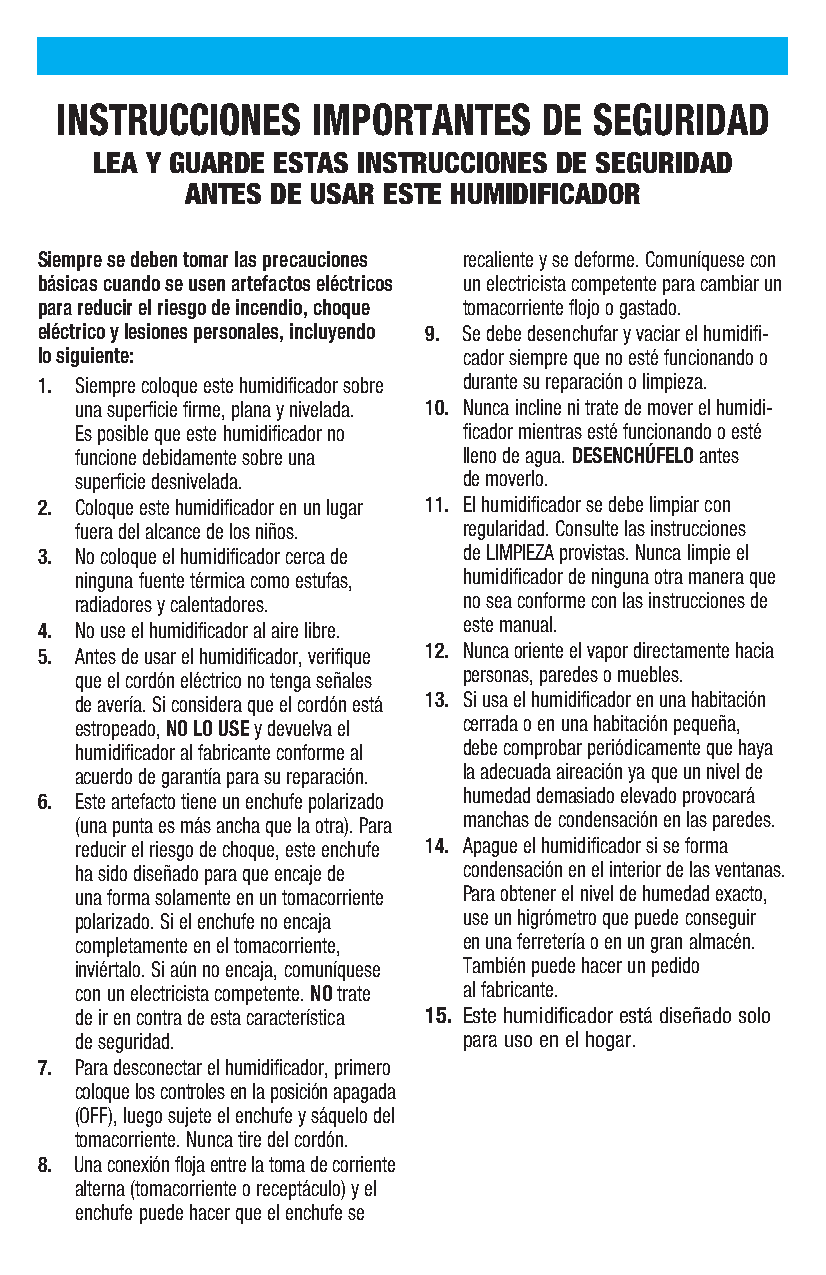
INSTRUCCIONES    IMPORTANTES    DE SEGURIDAD
 LEA Y GUARDE ESTAS INSTRUCCIONES DE SEGURIDAD
 ANTES DE USAR ESTE HUMIDIFICADOR
 Siempre se deben tomar las precauciones recaliente y se deforme. Comuníquese con
 básicas cuando se usen artefactos eléctricos un electricista competente para cambiar un
 para reducir el riesgo de incendio, choque tomacorriente flojo o gastado.
 eléctrico y lesiones personales, incluyendo 9. Se debe desenchufar y vaciar el humidifi-
 lo siguiente:                cador siempre que no esté funcionando o
 1. Siempre coloque este humidificador sobre durante su reparación o limpieza.
 una superficie firme, plana y nivelada. 10. Nunca incline ni trate de mover el humidi-
 Es posible que este humidificador no ficador mientras esté funcionando o esté
 funcione debidamente sobre una lleno de agua. DESENCHÚFELO antes
 superficie desnivelada.   de moverlo.
 2. Coloque este humidificador en un lugar 11. El humidificador se debe limpiar con
 fuera del alcance de los niños. regularidad. Consulte las instrucciones
 3. No coloque el humidificador cerca de de LIMPIEZA provistas. Nunca limpie el
 ninguna fuente térmica como estufas, humidificador de ninguna otra manera que
 radiadores y calentadores. no sea conforme con las instrucciones de
 4. No use el humidificador al aire libre. este manual.
 5. Antes de usar el humidificador, verifique 12. Nunca oriente el vapor directamente hacia
 que el cordón eléctrico no tenga señales personas, paredes o muebles.
 de avería. Si considera que el cordón está 13. Si usa el humidificador en una habitación
 estropeado, NO LO USE y devuelva el cerrada o en una habitación pequeña,
 humidificador al fabricante conforme al debe comprobar periódicamente que haya
 acuerdo de garantía para su reparación. la adecuada aireación ya que un nivel de
 6. Este artefacto tiene un enchufe polarizado humedad demasiado elevado provocará
 (una punta es más ancha que la otra). Para manchas de condensación en las paredes.
 reducir el riesgo de choque, este enchufe 14. Apague el humidificador si se forma
 ha sido diseñado para que encaje de condensación en el interior de las ventanas.
 una forma solamente en un tomacorriente Para obtener el nivel de humedad exacto,
 polarizado. Si el enchufe no encaja use un higrómetro que puede conseguir
 completamente en el tomacorriente, en una ferretería o en un gran almacén.
 inviértalo. Si aún no encaja, comuníquese También puede hacer un pedido
 con un electricista competente. NO trate al fabricante.
 de ir en contra de esta característica 15. Este humidificador está diseñado solo
 de seguridad.             para uso en el hogar.
 7. Para desconectar el humidificador, primero
 coloque los controles en la posición apagada
 (OFF), luego sujete el enchufe y sáquelo del
 tomacorriente. Nunca tire del cordón.
 8. Una conexión floja entre la toma de corriente
 alterna (tomacorriente o receptáculo) y el
 enchufe puede hacer que el enchufe se